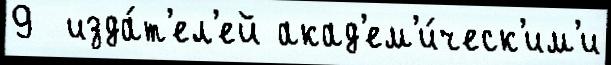
9  изда́т'ел'ей акад'ем'и́ческ'им'и